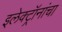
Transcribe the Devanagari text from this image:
इलेक्ट्रॉनांचा